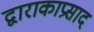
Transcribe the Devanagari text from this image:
द्वाराकाप्रसाद